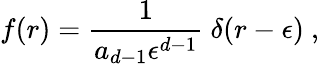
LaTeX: f(r)={\frac{1}{a_{d-1}\epsilon^{d-1}}}~\delta(r-\epsilon)~,